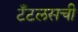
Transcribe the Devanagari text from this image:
टँटलसची